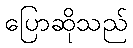
ပြောဆိုသည်